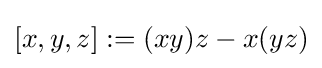
[x,y,z]:=(xy)z-x(yz)